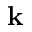
{ \bf k }